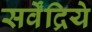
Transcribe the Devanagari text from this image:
सर्वेंद्रिये